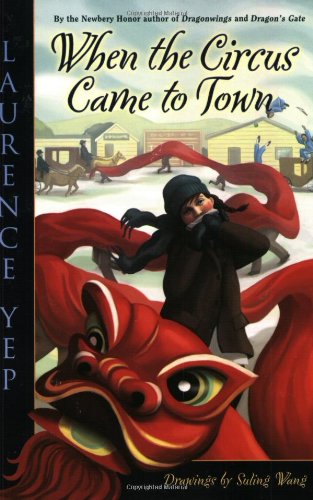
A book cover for When the Circus Came to Town; Laurence Yep; Children's Books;